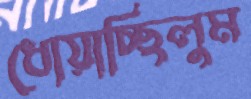
ধোয়াচ্ছিলুম